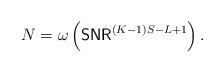
LaTeX: \begin{align*} N=\omega\left(\textsf{SNR}^{(K-1)S-L+1}\right).\end{align*}